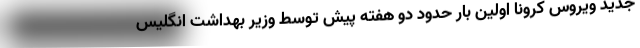
جدید ویروس کرونا اولین بار حدود دو هفته پیش توسط وزیر بهداشت انگلیس